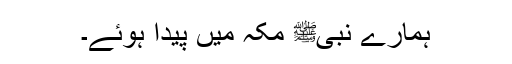
ہمارے نبیﷺ مکہ میں پیدا ہوئے۔